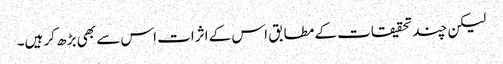
لیکن چند تحقیقات کے مطابق اس کے اثرات اس سے بھی بڑھ کر ہیں۔